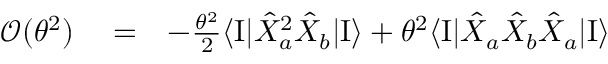
\begin{array} { r l r } { { \mathcal O } ( \theta ^ { 2 } ) } & { { } = } & { - \frac { \theta ^ { 2 } } { 2 } \langle \mathrm { I } | \hat { X } _ { a } ^ { 2 } \hat { X } _ { b } | \mathrm { I } \rangle + \theta ^ { 2 } \langle \mathrm { I } | \hat { X } _ { a } \hat { X } _ { b } \hat { X } _ { a } | \mathrm { I } \rangle } \end{array}